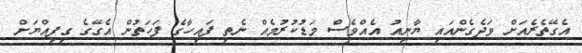
އެގޭތެރެއަށް ވަދެގެންއައި ޔާނިއު އެއްވެސް މަޑުކުރުމެއް ނެތި ފައިހާގެ ފަހަތުން އެގޭގެ ގިފިއްޔަށް